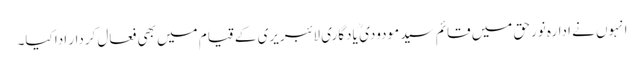
انہوں نے ادارہ نورحق میں قائم سید مودودی ؒ یادگاری لائبریری کے قیام میں بھی فعال کردار ادا کیا۔